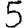
Digit: 5